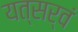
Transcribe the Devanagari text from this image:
यत्सर्वं